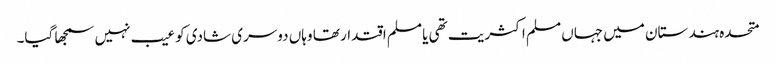
متحدہ ہندستان میں جہاں مسلم اکثریت تھی یا مسلم اقتدار تھا وہاں دوسری شادی کو عیب نہیں سمجھا گیا۔